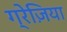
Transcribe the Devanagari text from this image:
ग्रेज़िया